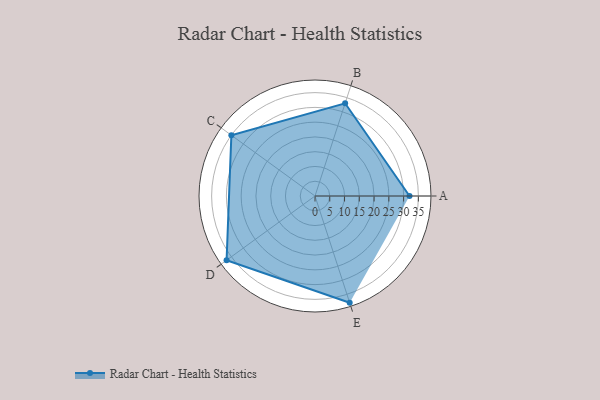
{"axis": {"x": "Skill", "y": "Score"}, "legend": ["Profile"], "data": [{"x": "A", "y": 32.0, "type": "Profile"}, {"x": "B", "y": 33.0, "type": "Profile"}, {"x": "C", "y": 35.0, "type": "Profile"}, {"x": "D", "y": 37.0, "type": "Profile"}, {"x": "E", "y": 38.0, "type": "Profile"}]}